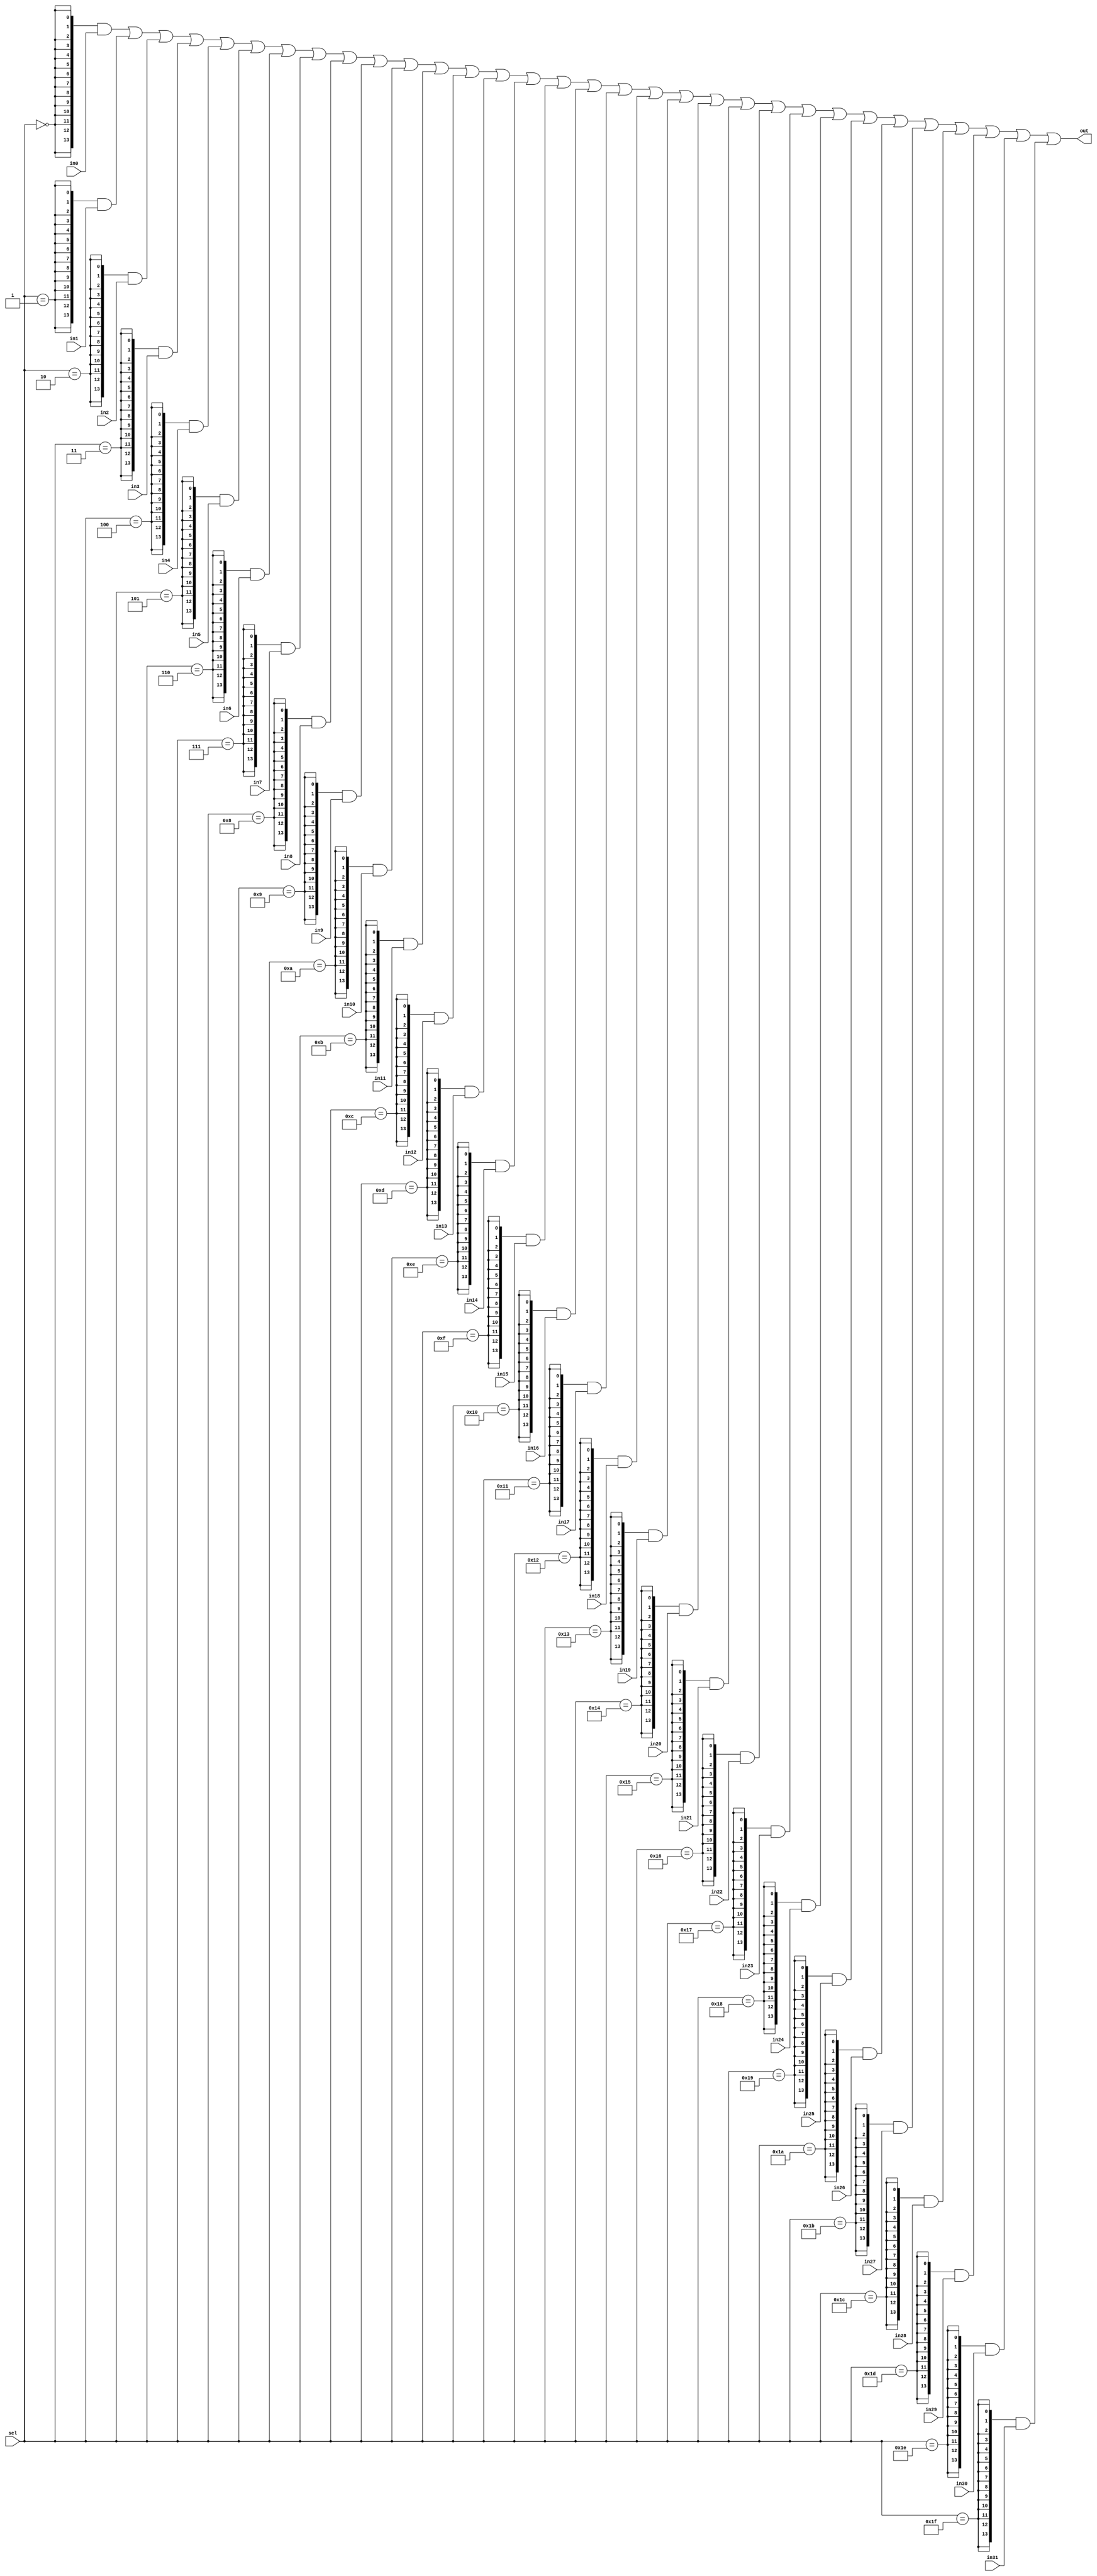
//////////////////////////////////////////////////////////////////////////////////
//(* dont_touch = "true" *)
//(* black_box *)


//(* keep_hierarchy = "true" *) 
module muxer5 #(
   parameter     RES = 14 
)
(
   // input
   input      [  5-1: 0] sel,             // Select wire 0-31
   input      [RES-1: 0] in0,
   input      [RES-1: 0] in1,
   input      [RES-1: 0] in2,
   input      [RES-1: 0] in3,
   input      [RES-1: 0] in4,
   input      [RES-1: 0] in5,
   input      [RES-1: 0] in6,
   input      [RES-1: 0] in7,
   input      [RES-1: 0] in8,
   input      [RES-1: 0] in9,
   input      [RES-1: 0] in10,
   input      [RES-1: 0] in11,
   input      [RES-1: 0] in12,
   input      [RES-1: 0] in13,
   input      [RES-1: 0] in14,
   input      [RES-1: 0] in15,
   input      [RES-1: 0] in16,
   input      [RES-1: 0] in17,
   input      [RES-1: 0] in18,
   input      [RES-1: 0] in19,
   input      [RES-1: 0] in20,
   input      [RES-1: 0] in21,
   input      [RES-1: 0] in22,
   input      [RES-1: 0] in23,
   input      [RES-1: 0] in24,
   input      [RES-1: 0] in25,
   input      [RES-1: 0] in26,
   input      [RES-1: 0] in27,
   input      [RES-1: 0] in28,
   input      [RES-1: 0] in29,
   input      [RES-1: 0] in30,
   input      [RES-1: 0] in31,

   // output
   output     [RES-1: 0] out                // output data
);


wire ensel0 ,ensel1 ,ensel2 ,ensel3 ,ensel4 ,ensel5 ,ensel6 ,ensel7 ,
     ensel8 ,ensel9 ,ensel10,ensel11,ensel12,ensel13,ensel14,ensel15,
     ensel16,ensel17,ensel18,ensel19,ensel20,ensel21,ensel22,ensel23,
     ensel24,ensel25,ensel26,ensel27,ensel28,ensel29,ensel30,ensel31;

     

assign ensel0  = (sel==5'd0 );
assign ensel1  = (sel==5'd1 );
assign ensel2  = (sel==5'd2 );
assign ensel3  = (sel==5'd3 );
assign ensel4  = (sel==5'd4 );
assign ensel5  = (sel==5'd5 );
assign ensel6  = (sel==5'd6 );
assign ensel7  = (sel==5'd7 );
assign ensel8  = (sel==5'd8 );
assign ensel9  = (sel==5'd9 );
assign ensel10 = (sel==5'd10);
assign ensel11 = (sel==5'd11);
assign ensel12 = (sel==5'd12);
assign ensel13 = (sel==5'd13);
assign ensel14 = (sel==5'd14);
assign ensel15 = (sel==5'd15);
assign ensel16 = (sel==5'd16);
assign ensel17 = (sel==5'd17);
assign ensel18 = (sel==5'd18);
assign ensel19 = (sel==5'd19);
assign ensel20 = (sel==5'd20);
assign ensel21 = (sel==5'd21);
assign ensel22 = (sel==5'd22);
assign ensel23 = (sel==5'd23);
assign ensel24 = (sel==5'd24);
assign ensel25 = (sel==5'd25);
assign ensel26 = (sel==5'd26);
assign ensel27 = (sel==5'd27);
assign ensel28 = (sel==5'd28);
assign ensel29 = (sel==5'd29);
assign ensel30 = (sel==5'd30);
assign ensel31 = (sel==5'd31);


wire [RES-1: 0] en0 ;
wire [RES-1: 0] en1 ;
wire [RES-1: 0] en2 ;
wire [RES-1: 0] en3 ;
wire [RES-1: 0] en4 ;
wire [RES-1: 0] en5 ;
wire [RES-1: 0] en6 ;
wire [RES-1: 0] en7 ;
wire [RES-1: 0] en8 ;
wire [RES-1: 0] en9 ;
wire [RES-1: 0] en10;
wire [RES-1: 0] en11;
wire [RES-1: 0] en12;
wire [RES-1: 0] en13;
wire [RES-1: 0] en14;
wire [RES-1: 0] en15;
wire [RES-1: 0] en16;
wire [RES-1: 0] en17;
wire [RES-1: 0] en18;
wire [RES-1: 0] en19;
wire [RES-1: 0] en20;
wire [RES-1: 0] en21;
wire [RES-1: 0] en22;
wire [RES-1: 0] en23;
wire [RES-1: 0] en24;
wire [RES-1: 0] en25;
wire [RES-1: 0] en26;
wire [RES-1: 0] en27;
wire [RES-1: 0] en28;
wire [RES-1: 0] en29;
wire [RES-1: 0] en30;
wire [RES-1: 0] en31;


assign en0  = {RES{ ensel0  }} & in0  ;
assign en1  = {RES{ ensel1  }} & in1  ;
assign en2  = {RES{ ensel2  }} & in2  ;
assign en3  = {RES{ ensel3  }} & in3  ;
assign en4  = {RES{ ensel4  }} & in4  ;
assign en5  = {RES{ ensel5  }} & in5  ;
assign en6  = {RES{ ensel6  }} & in6  ;
assign en7  = {RES{ ensel7  }} & in7  ;
assign en8  = {RES{ ensel8  }} & in8  ;
assign en9  = {RES{ ensel9  }} & in9  ;
assign en10 = {RES{ ensel10 }} & in10 ;
assign en11 = {RES{ ensel11 }} & in11 ;
assign en12 = {RES{ ensel12 }} & in12 ;
assign en13 = {RES{ ensel13 }} & in13 ;
assign en14 = {RES{ ensel14 }} & in14 ;
assign en15 = {RES{ ensel15 }} & in15 ;
assign en16 = {RES{ ensel16 }} & in16 ;
assign en17 = {RES{ ensel17 }} & in17 ;
assign en18 = {RES{ ensel18 }} & in18 ;
assign en19 = {RES{ ensel19 }} & in19 ;
assign en20 = {RES{ ensel20 }} & in20 ;
assign en21 = {RES{ ensel21 }} & in21 ;
assign en22 = {RES{ ensel22 }} & in22 ;
assign en23 = {RES{ ensel23 }} & in23 ;
assign en24 = {RES{ ensel24 }} & in24 ;
assign en25 = {RES{ ensel25 }} & in25 ;
assign en26 = {RES{ ensel26 }} & in26 ;
assign en27 = {RES{ ensel27 }} & in27 ;
assign en28 = {RES{ ensel28 }} & in28 ;
assign en29 = {RES{ ensel29 }} & in29 ;
assign en30 = {RES{ ensel30 }} & in30 ;
assign en31 = {RES{ ensel31 }} & in31 ;


assign  out = en0 |en1 |en2 |en3 |en4 |en5 |en6 |en7 |
              en8 |en9 |en10|en11|en12|en13|en14|en15|
              en16|en17|en18|en19|en20|en21|en22|en23|
              en24|en25|en26|en27|en28|en29|en30|en31;

              

endmodule

/*
muxer5  #( .RES ( 14 ) ) NOMBRE (
    // input
    .sel  (  sel  ), // select cable
    .in0  ( 14'b0 ), // in0 
    .in1  ( 14'b0 ), // in1 
    .in2  ( 14'b0 ), // in2 
    .in3  ( 14'b0 ), // in3 
    .in4  ( 14'b0 ), // in4 
    .in5  ( 14'b0 ), // in5 
    .in6  ( 14'b0 ), // in6 
    .in7  ( 14'b0 ), // in7 
    .in8  ( 14'b0 ), // in8 
    .in9  ( 14'b0 ), // in9 
    .in10 ( 14'b0 ), // in10
    .in11 ( 14'b0 ), // in11
    .in12 ( 14'b0 ), // in12
    .in13 ( 14'b0 ), // in13
    .in14 ( 14'b0 ), // in14
    .in15 ( 14'b0 ), // in15
    .in16 ( 14'b0 ), // in16
    .in17 ( 14'b0 ), // in17
    .in18 ( 14'b0 ), // in18
    .in19 ( 14'b0 ), // in19
    .in20 ( 14'b0 ), // in20
    .in21 ( 14'b0 ), // in21
    .in22 ( 14'b0 ), // in22
    .in23 ( 14'b0 ), // in23
    .in24 ( 14'b0 ), // in24
    .in25 ( 14'b0 ), // in25
    .in26 ( 14'b0 ), // in26
    .in27 ( 14'b0 ), // in27
    .in28 ( 14'b0 ), // in28
    .in29 ( 14'b0 ), // in29
    .in30 ( 14'b0 ), // in30
    .in31 ( 14'b0 ), // in31
    // output
    .out ( out   )
);
*/